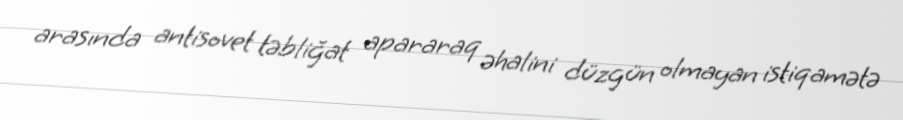
arasında antisovet təbliğat apararaq əhalini düzgün olmayan istiqamətə